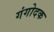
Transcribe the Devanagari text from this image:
गंगोदक